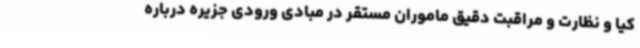
کیا و نظارت و مراقبت دقیق ماموران مستقر در مبادی ورودی جزیره درباره